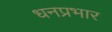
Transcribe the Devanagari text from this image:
धनप्रभार